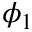
\phi _ { 1 }